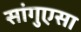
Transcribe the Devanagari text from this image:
सांगुएसा